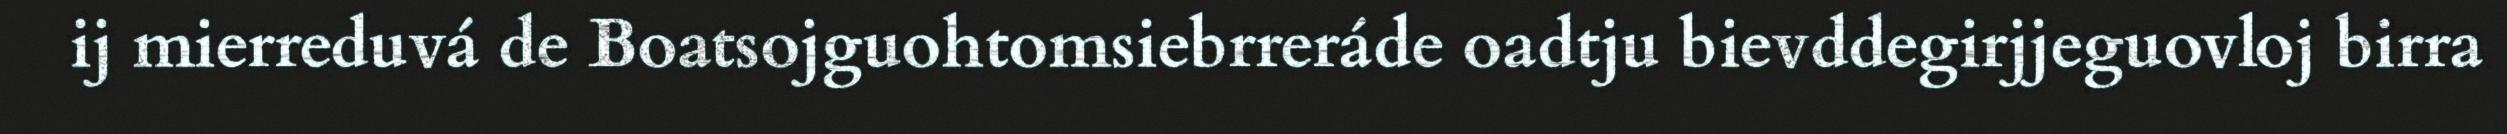
ij mierreduvá de Boatsojguohtomsiebrreráde oadtju bievddegirjjeguovloj birra